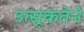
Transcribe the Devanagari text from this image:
उत्सूकतेने